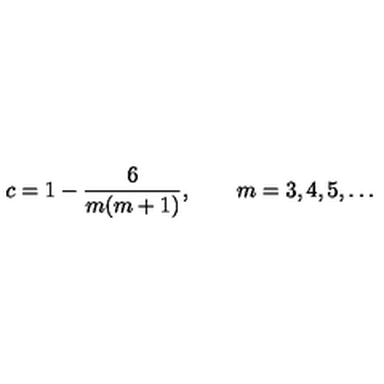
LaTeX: c = 1 - \frac { 6 } { m ( m + 1 ) } , \qquad m = 3 , 4 , 5 , \ldots